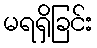
မရရှိခြင်း